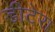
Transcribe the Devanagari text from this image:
डीटेरा